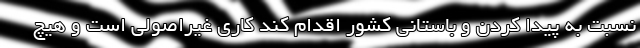
نسبت به پیدا کردن و باستانی کشور اقدام کند کاری غیراصولی است و هیچ